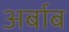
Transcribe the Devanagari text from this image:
अर्बाब